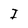
Character: I